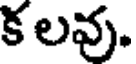
క లవు.